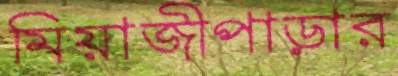
মিয়াজীপাড়ার